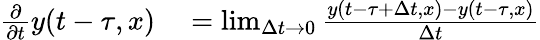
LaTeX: \begin{array}{rl}{\frac{\partial}{\partial t}y(t-\tau,x)}&{{}=\operatorname*{lim}_{\Delta t\rightarrow 0}\frac{y(t-\tau+\Delta t,x)-y(t-\tau,x)}{\Delta t}}\end{array}